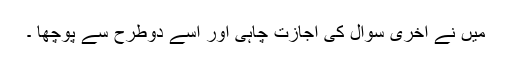
میں نے آخری سوال کی اجازت چاہی اور اسے دوطرح سے پوچھا ۔